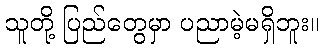
သူတို့ ပြည်တွေမှာ ပညာမဲ့မရှိဘူး။